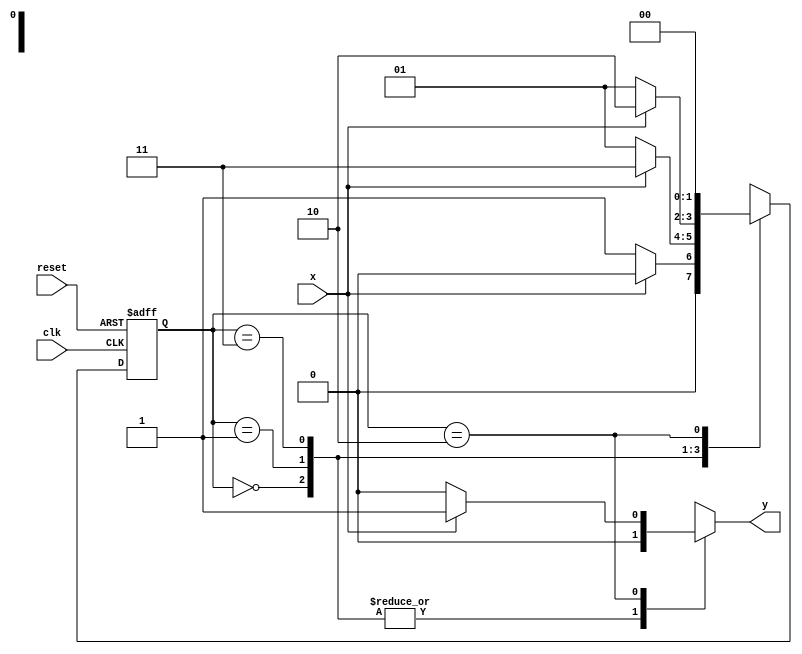
// ------------------------------------
// -- Joo Henrique Mendes de Oliveira
// -- Matricula: 392734
// ------------------------------------

//constant definitions
`define found		1
`define notfound	0

//FSM by Mealy
module mealy0111(y,x,clk,reset);
	output y;
	input x;
	input clk;
	input reset;
	
	reg y;
	
	parameter	//state identifiers
		start = 2'b00,
		id0 = 2'b01,
		id01 = 2'b11,
		id011 = 2'b10;
		
		reg [1:0] E1;	//current state variables
		reg [1:0] E2;	//next state logic output
		
		//next state logic
		always @ (x or E1)
			begin
				y = `notfound;
				
				case (E1)
					start:
						if (x)
							E2 = start;
						else
							E2 = id0;
					id0:
						if (x)
							E2 = id01;
						else
							E2 = id0;
					id01:
						if (x)
							E2 = id011;
						else
							E2 = id0;
					id011:
						if (x)
							begin
								E2 = start;
								y = `found;
							end
						else
							begin
								E2 = start;
								y = `notfound;
							end
					default:		//undefined state
						E2 = 2'bxx;
				endcase
			end //always at signal or state changing
			
		//state variables
			always @ (posedge clk or negedge reset)
				begin
					if (reset)
						E1 = E2;	//updates current state
					else
						E1 = start;	//reset
				end //always at signal changing
				
endmodule //mealy0111

// -----------
//	Test Mealy
// -----------
module testMealy0111;
	reg x,reset,clk;
	wire y;
	
	mealy0111 m1(y,x,clk,reset);
	
	initial
		begin
			x = 1'b1;
			reset = 1'b1;
			clk = 1'b0;
		end
	
	initial
		begin
		
		$display("Mealy0111\nNome: Joo Henrique\nMatricula: 392734");
		
		$display("Clk  Rst  x  y");
		#2 x = 1'b0;
		#2 x = 1'b1;
		#6 $finish;
		end
		
	always
		#1 clk = ~clk;
	
	always @(posedge clk)
		begin
			$display("%d	%b  %b  %b",$time,reset,x,y);
		end

endmodule //testMealy